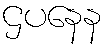
ဌပနေန